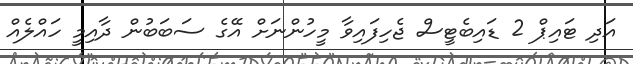
އަދި ޓައިޕް 2 ޑައިބެޓީސް ޖެހިފައިވާ މީހުންނަށް އޭގެ ސަބަބުން ދާއިމީ ހައްލެއް